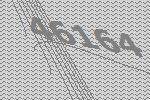
46164